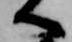
へ